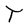
Character: T